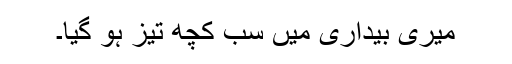
میری بیداری میں سب کچھ تیز ہو گیا۔